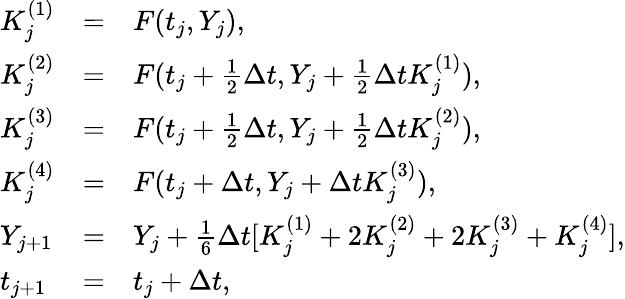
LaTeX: \begin{array}{lcl}{K_{j}^{(1)}}&{=}&{F(t_{j},Y_{j}),}\\ {K_{j}^{(2)}}&{=}&{F(t_{j}+\frac 12{\Delta t},Y_{j}+\frac 12{\Delta t}K_{j}^{(1)}),}\\ {K_{j}^{(3)}}&{=}&{F(t_{j}+\frac 12{\Delta t},Y_{j}+\frac 12{\Delta t}K_{j}^{(2)}),}\\ {K_{j}^{(4)}}&{=}&{F(t_{j}+\Delta t,Y_{j}+\Delta tK_{j}^{(3)}),}\\ {Y_{j+1}}&{=}&{Y_{j}+\frac 16{\Delta t}[K_{j}^{(1)}+2K_{j}^{(2)}+2K_{j}^{(3)}+K_{j}^{(4)}],}\\ {t_{j+1}}&{=}&{t_{j}+\Delta t,}\end{array}